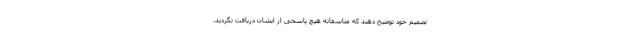
تصمیم خود توضیح دهند که متاسفانه هیچ پاسخی از ایشان دریافت نگردید.